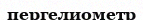
пергелиометр